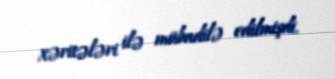
xəritələri ilə mübadilə edilmişdi.